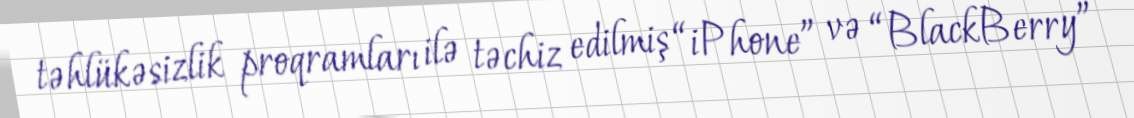
təhlükəsizlik proqramları ilə təchiz edilmiş “iPhone” və “BlackBerry”